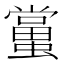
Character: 𧒾